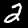
Label: 2